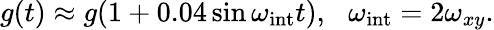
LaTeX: g(t)\approx g(1+0.04\sin\omega_{\mathrm{int}}t),\, \, \, \, \omega_{\mathrm{int}}=2\omega_{xy}.